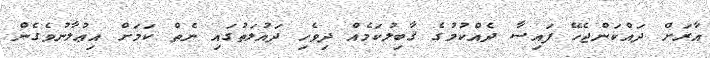
އާރަށް ދައްކަންޖެހޭ ފައިސާ ދެއްކުމުގެ ޤާބިލުކަމެއް ދިވެހި ދައުލަތުގައި ނެތް ކަމަށް އިޢުލާނުވެގެން